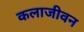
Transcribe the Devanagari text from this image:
कलाजीवन